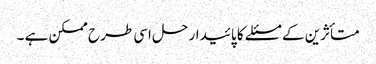
متأثرین کے مسئلے کا پائیدار حل اسی طرح ممکن ہے ۔